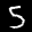
Label: 5